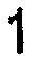
1